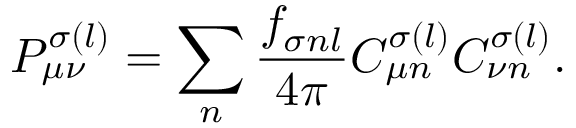
P _ { \mu \nu } ^ { \sigma ( l ) } = \sum _ { n } \frac { f _ { \sigma n l } } { 4 \pi } C _ { \mu n } ^ { \sigma ( l ) } C _ { \nu n } ^ { \sigma ( l ) } .